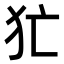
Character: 𤜪